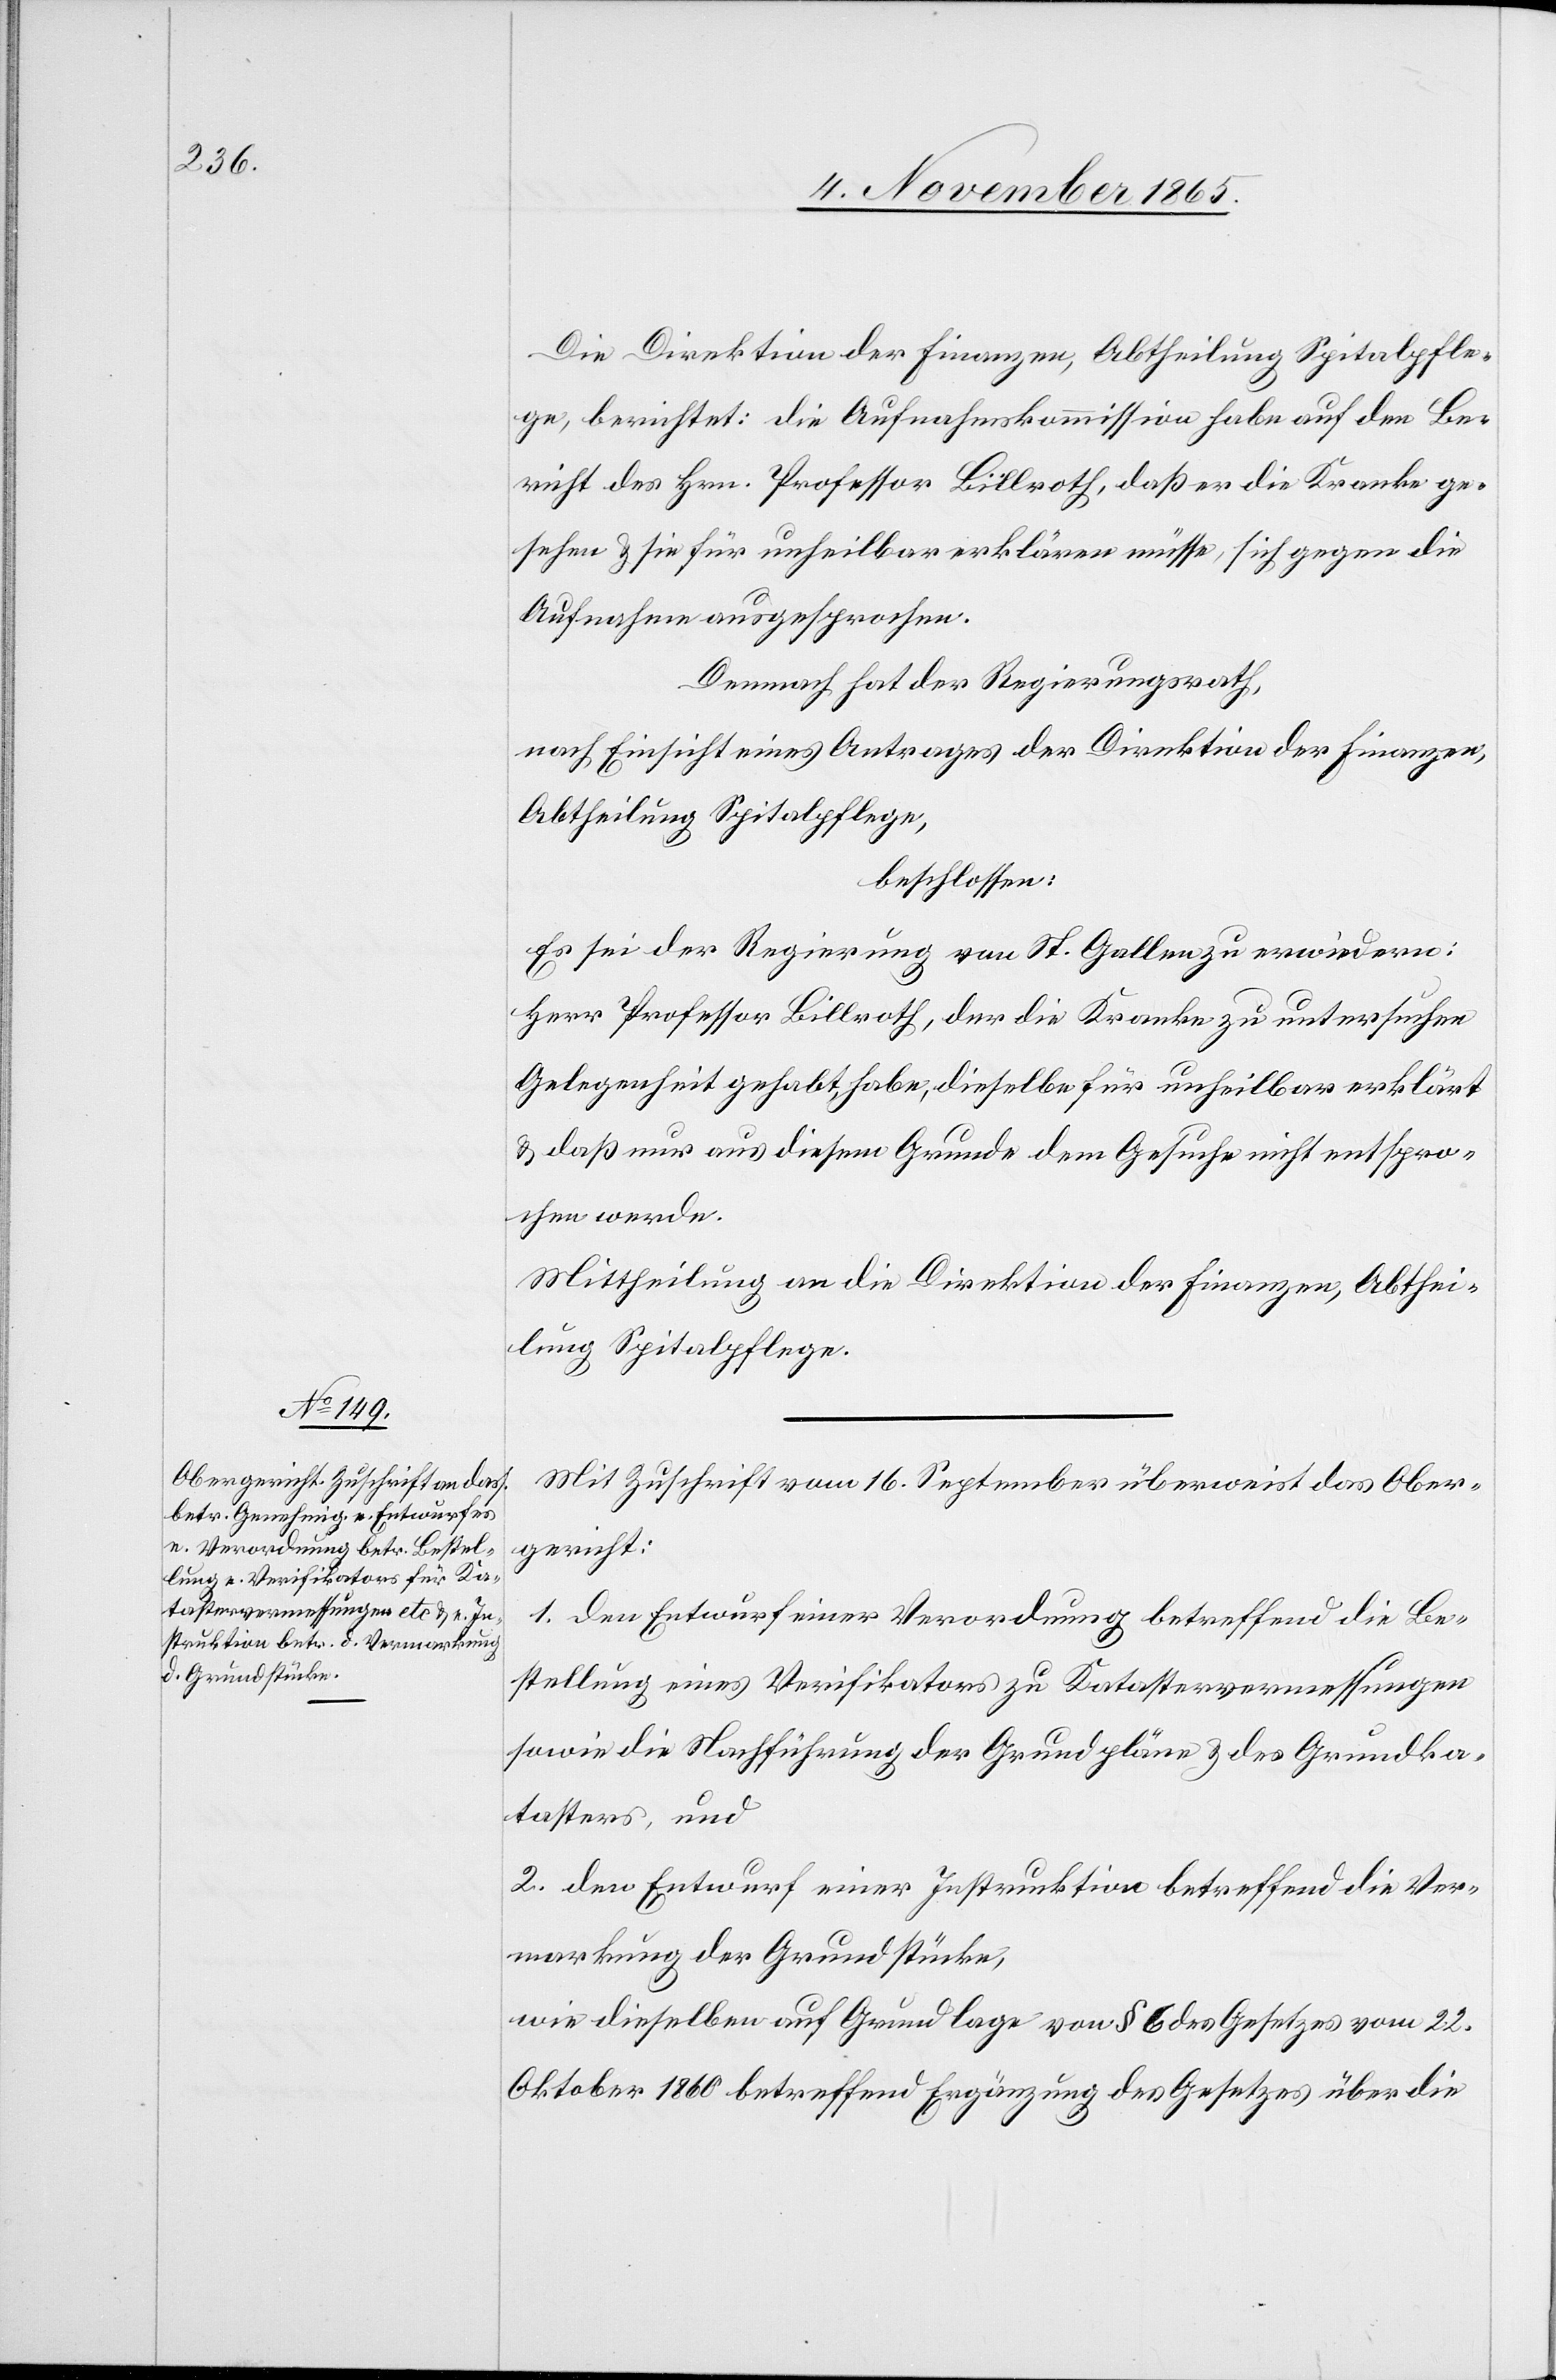
Die Direktion der Finanzen, Abtheilung Spitalpfle¬
ge, berichtet: Die Aufnahmskommission habe auf den Be¬
richt des Hrn. Professor Billroth, daß er die Kranke ge¬
sehen & sie für unheilbar erklären müsse, sich gegen die
Aufnahme ausgesprochen.
Demnach hat der Regierungsrath,
nach Einsicht eines Antrages der Direktion der Finanzen,
Abtheilung Spitalpflege,
beschlossen:
Es sei der Regierung von St. Gallen zu erwiedern:
Herr Professor Billroth, der die Kranke zu untersuchen
Gelegenheit gehabt habe, dieselbe für unheilbar erklärt
& daß nur aus diesem Grunde dem Gesuche nicht entspro¬
chen werde.
Mittheilung an die Direktion der Finanzen, Abthei¬
lung Spitalpflege.
Mit Zuschrift vom 16. September überweist das Ober¬
gericht:
1. Den Entwurf einer Verordnung betreffend die Be¬
stellung eines Verifikators zu Katastervermessungen
sowie die Nachführung der Grundpläne & des Grundka¬
tasters, und
2. den Entwurf einer Instruktion betreffend die Ver¬
markung der Grundstücke,
wie dieselben auf Grundlage von § 6 des Gesetzes vom 22.
Oktober 1860 betreffend Ergänzung des Gesetzes über die